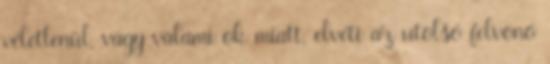
véletlenül, vagy valami ok miatt, elvéti az utolsó felvonó